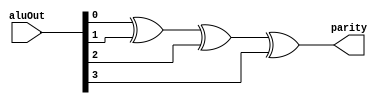
module pipelineParGen(
		input [3:0] aluOut,
		output parity
	);
		
		assign parity = aluOut[0] ^ aluOut[1] ^ aluOut[2] ^ aluOut[3];
		
	endmodule